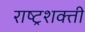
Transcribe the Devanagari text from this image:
राष्ट्रशक्ती